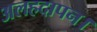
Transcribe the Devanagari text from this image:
अलहदापन।